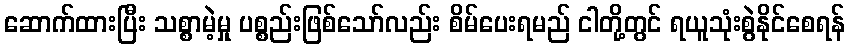
ဆောက်ထားပြီး သစ္စာမဲ့မှု ပစ္စည်းဖြစ်သော်လည်း စိမ်ပေးရမည် ငါတို့တွင် ရယူသုံးစွဲနိုင်စေရန်